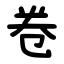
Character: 卷